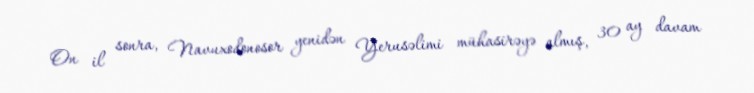
On il sonra, Navuxodonosor yenidən Yerusəlimi mühasirəyə almış, 30 ay davam